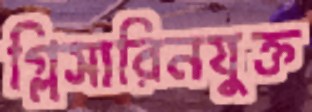
গ্লিসারিনযুক্ত